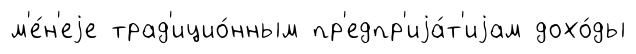
м'е́н'еjе трад'ицио́нным пр'едпр'иjа́т'иjам дохо́ды